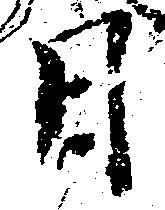
日